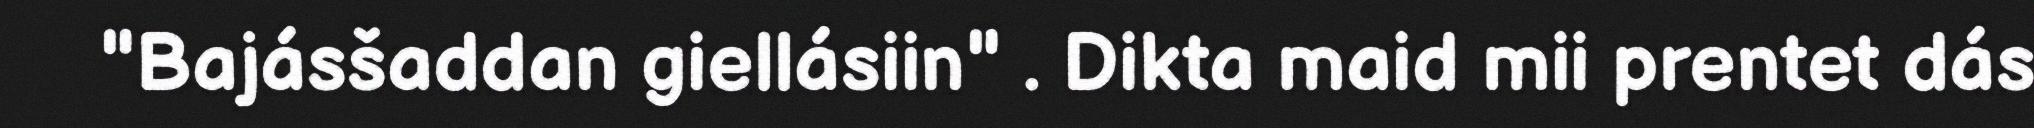
"Bajásšaddan giellásiin" . Dikta maid mii prentet dás